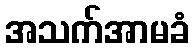
အသက်အာမခံ